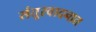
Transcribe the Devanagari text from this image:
संतूरवादनात